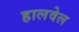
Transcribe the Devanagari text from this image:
हालवेल